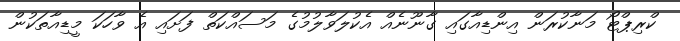
ކްރިޕްޓޯ މަނާކުރަން އިންޑިއާގައި ގާނޫނެއް އެކުލަވާލުމުގެ މަސައްކަތް ފަށައި އެ ވާހަކަ މީޑިއާތަކުން